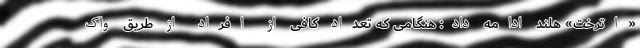
«اترخت» هلند ادامه داد: هنگامی که تعداد کافی از افراد از طریق واک